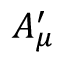
A _ { \mu } ^ { \prime }